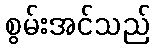
စွမ်းအင်သည်